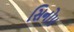
સિનોપ